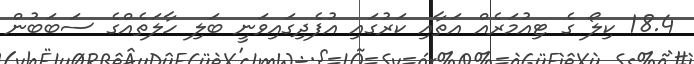
18.4 ކިލޯ ގެ ޓިއުމަރެއް އަތާއި ކަރުގައި އުފެދިގައިވަނީ ބަލި ހާލަތެއްގެ ސަބަބުން